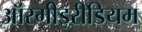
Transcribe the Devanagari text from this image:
ऑस्मीइरीडियम